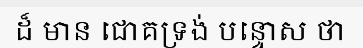
ដ៏ មាន ជោគទ្រង់ បន្ទោស ថា